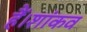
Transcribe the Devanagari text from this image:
हैं।शांकव